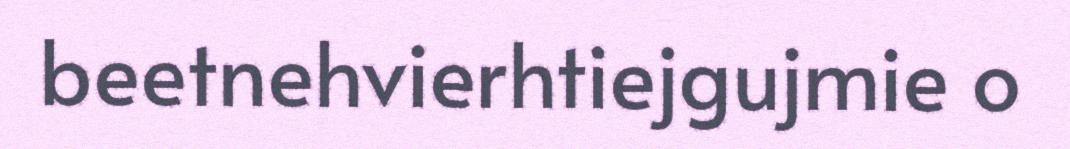
beetnehvierhtiejgujmie o